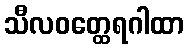
သီလဝတ္ထေရဂါထာ